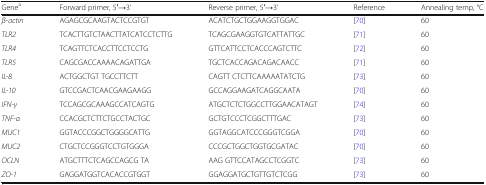
| Genea | Forward primer, 5′→3’ | Reverse primer, 5′→3’ | Reference | Annealing temp, °C |
 | --- | --- | --- | --- | --- |
 | β-actin | AGAGCGCAAGTACTCCGTGT | ACATCTGCTGGAAGGTGGAC | [70] | 60 |
 | TLR2 | TCACTTGTCTAACTTATCATCCTCTTG | TCAGCGAAGGTGTCATTATTGC | [71] | 60 |
 | TLR4 | TCAGTTCTCACCTTCCTCCTG | GTTCATTCCTCACCCAGTCTTC | [72] | 60 |
 | TLR5 | CAGCGACCAAAACAGATTGA | TGCTCACCAGACAGACAACC | [71] | 60 |
 | IL-8 | ACTGGCTGT TGCCTTCTT | CAGTT CTCTTCAAAAATATCTG | [73] | 60 |
 | IL-10 | GTCCGACTCAACGAAGAAGG | GCCAGGAAGATCAGGCAATA | [70] | 60 |
 | IFN-γ | TCCAGCGCAAAGCCATCAGTG | ATGCTCTCTGGCCTTGGAACATAGT | [74] | 60 |
 | TNF-α | CCACGCTCTTCTGCCTACTGC | GCTGTCCCTCGGCTTTGAC | [73] | 60 |
 | MUC1 | GGTACCCGGCTGGGGCATTG | GGTAGGCATCCCGGGTCGGA | [70] | 60 |
 | MUC2 | CTGCTCCGGGTCCTGTGGGA | CCCGCTGGCTGGTGCGATAC | [70] | 60 |
 | OCLN | ATGCTTTCTCAGCCAGCG TA | AAG GTTCCATAGCCTCGGTC | [73] | 60 |
 | ZO-1 | GAGGATGGTCACACCGTGGT | GGAGGATGCTGTTGTCTCGG | [73] | 60 |